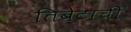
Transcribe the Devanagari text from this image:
तिबेटाची